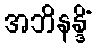
အဘိနန္ဒိံ